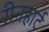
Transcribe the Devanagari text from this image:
रीनहार्ट